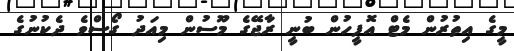
މީގެ އިތުރުން މެޓް އޮފީހުން ބުނީ ރާޖޭގެ މޫސުން މިއަދު ގޯސްވެ ދެކުނުގެ